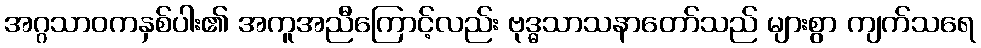
အဂ္ဂသာဝကနှစ်ပါး၏ အကူအညီကြောင့်လည်း ဗုဒ္ဓသာသနာတော်သည် များစွာ ကျက်သရေ